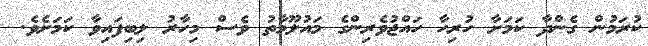
ކުރަމުން ގެންދާ ކަމަށާ ހުރިހާ ހައްޖުވެރިންގެ މައުލޫމާތު ވެސް މިހާރު ލިބިފައިވާ ކަމަށެވެ.